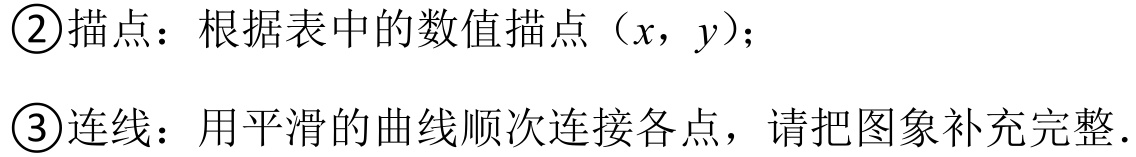
\textcircled{2}描点：根据表中的数值描点（\(x\)，\(y\)）；
\textcircled{3}连线：用平滑的曲线顺次连接各点，请把图象补充完整.